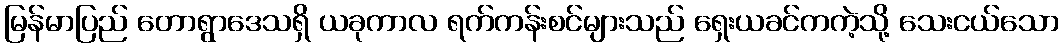
မြန်မာပြည် တောရွာဒေသရှိ ယခုကာလ ရက်ကန်းစင်များသည် ရှေးယခင်ကကဲ့သို့ သေးငယ်သော